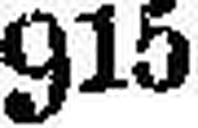
915